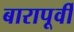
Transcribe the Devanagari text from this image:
बारापूर्वी